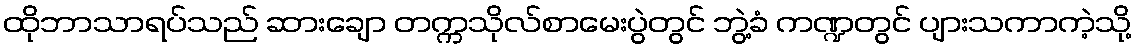
ထိုဘာသာရပ်သည် ဆားချော တက္ကသိုလ်စာမေးပွဲတွင် ဘွဲ့ခံ ကဏ္ဍတွင် ပျားသကာကဲ့သို့